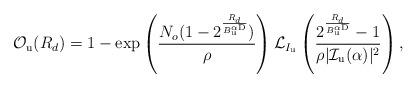
LaTeX: \begin{align*}&\!\!\!\!\!\!\! \mathcal{O}_{\rm u}(R_d)= 1-\exp \left( \frac{N_o (1-2^{\frac{R_{d}}{B_{\rm u}^{\alpha {\rm D}}}})}{ \rho } \right) \mathcal{L}_{I_{\rm u}} \left(\frac{2^{\frac{R_{d}}{B_{\rm u}^{\alpha {\rm D}}}}-1}{\rho |\mathcal{I}_{\rm u} (\alpha)|^2} \right) ,\end{align*}